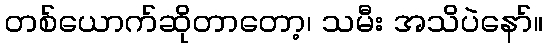
တစ်ယောက်ဆိုတာတော့၊ သမီး အသိပဲနော်။